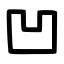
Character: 凹